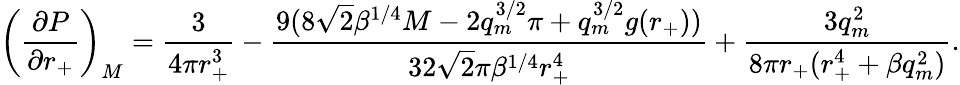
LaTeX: \left(\frac{\partial P}{\partial r_{+}}\right)_{M}=\frac{3}{4\pi r_{+}^{3}}-\frac{9(8\sqrt{2}\beta^{1/4}M-2q_{m}^{3/2}\pi+q_{m}^{3/2}g(r_{+}))}{32\sqrt{2}\pi\beta^{1/4}r_{+}^{4}}+\frac{3q_{m}^{2}}{8\pi r_{+}(r_{+}^{4}+\beta q_{m}^{2})}.